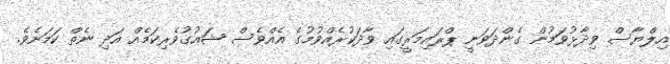
އިލްޔާސް ވިދާޅުވަމުން ގެންދަވަނީ ޕްރައިމަރީގައި ވާދަކުރެއްވުމުގެ އެއްވެސް ޝައުގުވެރިކަމެއް އަދި ނެތް ކަމަށެވެ.